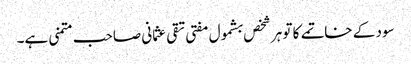
سود کے خاتمے کا تو ہر شخص بشمول مفتی تقی عثمانی صاحب متمنی ہے۔